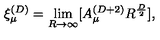
\xi _ { \mu } ^ { ( D ) } = \lim _ { R \rightarrow \infty } [ A _ { \mu } ^ { ( D + 2 ) } R ^ { \frac { D } { 2 } } ] ,